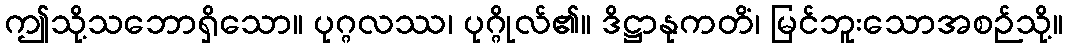
ဤသို့သဘောရှိသော။ ပုဂ္ဂလဿ၊ ပုဂ္ဂိုလ်၏။ ဒိဋ္ဌာနုကတိံ၊ မြင်ဘူးသောအစဉ်သို့။